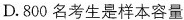
D.800名考生是样本容量